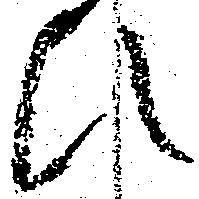
ひ